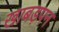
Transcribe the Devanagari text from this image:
खाबड़पन